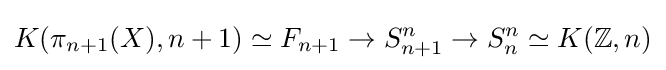
K(\pi _{n+1}(X),n+1)\simeq F_{n+1}\to S_{n+1}^{n}\to S_{n}^{n}\simeq K(\mathbb {Z} ,n)